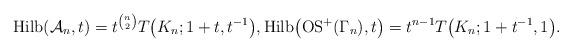
LaTeX: \begin{gather*}{\rm Hilb}({\cal A}_n,t)=t^{{n \choose 2}} T\big(K_n; 1+t, t^{-1}\big),{\rm Hilb}\big({\rm OS}^{+}(\Gamma_n),t\big)=t^{n-1} T\big(K_n;1+t^{-1},1\big).\end{gather*}